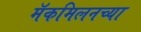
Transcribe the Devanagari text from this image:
मॅकमिलनच्या